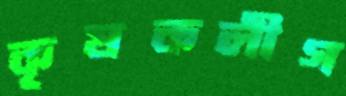
কৃষকলীগ